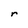
Character: r